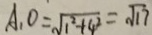
A _ { 1 } O = \sqrt { 1 ^ { 2 } + 4 ^ { 2 } } = \sqrt { 1 7 }